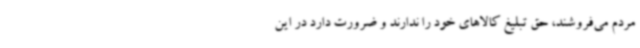
مردم می‌فروشند، حق تبلیغ کالاهای خود را ندارند و ضرورت دارد در این